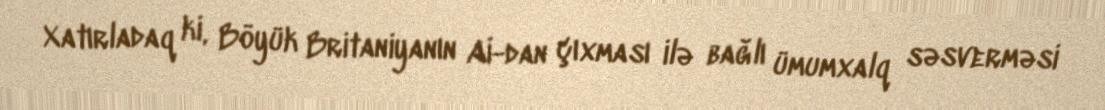
Xatırladaq ki, Böyük Britaniyanın Aİ-dan çıxması ilə bağlı ümumxalq səsverməsi